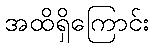
အထိရှိကြောင်း